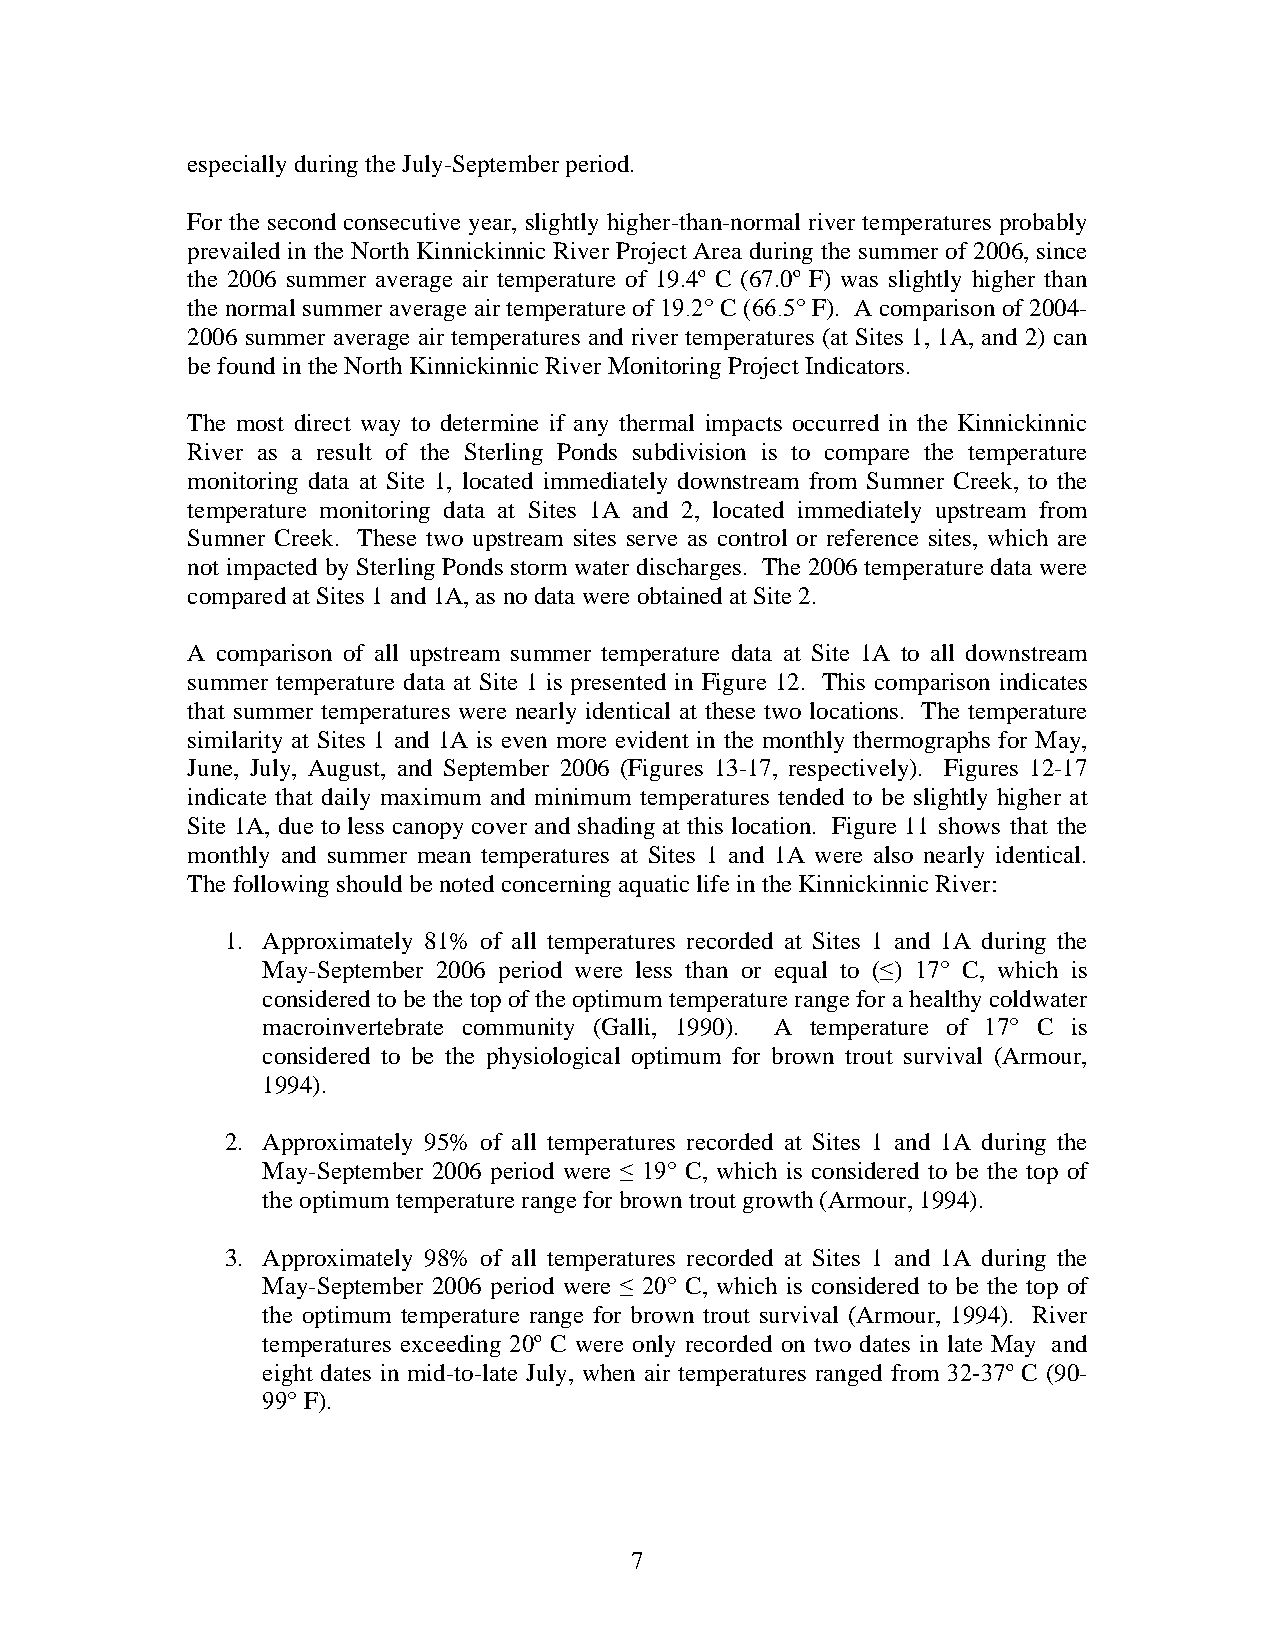
especially during the July-September period.
 For the second consecutive year, sl ightl y higher-than- normal river temperatures p robably
 prevailed in the North Kinnickinnic River Project Area during the summer of 2006, since
 the 2006 summer a verage air temperature of 19.4º C (67.0 º F) was slightly higher than
 the normal summer average air temperature of 19.2° C (66.5° F). A comparison of 2004-
 2006 summer average air temperatures and river temperatures (at Sites 1, 1A, and 2) can
 be found in the North Kinnickinnic River Monitoring Project Indicators.
 The most direct way to determine if any thermal impacts occurred in the Kinnickinnic
 River as a result of the Sterling Ponds su bdivision is to compare the temperature
 monitoring data at Site 1, located immediatel y downstream from Sumner Creek, to the
 temperatu re monitoring data at Sites 1A and 2 , located immediately u pstre am from
 Sumner Creek. These two upstream sites serve as control or reference s ites, which are
 not impacted by Sterling Ponds storm water discharges. The 2006 temperature data were
 compared at Sites 1 and 1A, as no data were obtained at Site 2.
 A comparison of all upstream s ummer temperature data at Site 1A to all downstream
 summer temperature data at S ite 1 is presented in Figure 12. This comparison indicates
 that summer temperatures w er e n early identical at these two locations. The tempera ture
 similarity at Sites 1 and 1A is even more evident in the monthly thermographs for May,
 June, July, August, and September 2006 (Figures 13-17, respectively). Figures 12-17
 indicate that d aily maximum and minimum temperatures tended to be slightly higher at
 Site 1A, due to less canopy cover and shading at this location. Figure 1 1 shows that the
 monthly and summer mean temperatures at Sites 1 and 1A were also nearly identical.
 The following should be noted concerning aquatic life in the Kinnickinnic River:
 1. A pproximately 81% of all te mperatures recorded at Sites 1 and 1A during the
 May-September 200 6 period were less than o r equal to (≤) 1 7° C, which is
 considered to be the top of the optimum temperature range for a healthy coldwater
 macroinvertebrate community (Galli, 1990) . A temperature of 17° C is
 considered to be the physiological optimum for brown trout survival (Arm our,
 1994).
 2. Approximately 95% of all te mperatures recorded at Sites 1 and 1A during the
 May-September 2006 period were ≤ 19° C, which is considered to be the top of
 the optimum temperature range for brown trout growth (Armour, 1994).
 3. Approximately 98 % of all temperatures reco rded at Sites 1 and 1A during the
 May-September 2006 period were ≤ 20° C, which is considered to be the top of
 the optimum temperature range for brown trout survival (Armour, 1994). River
 temperatures exceeding 20º C were only re corded on two dates in late May and
 eight dates in m id-t o-late J uly, when air t emperatures ranged from 32-37º C (90-
 99° F).
 7